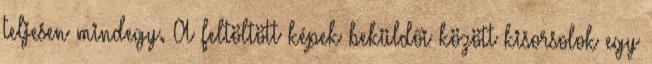
teljesen mindegy. A feltöltött képek beküldői között kisorsolok egy